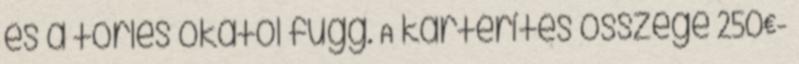
és a törlés okától függ. A kártérítés összege 250€-